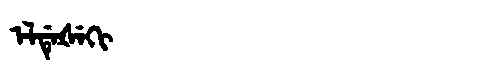
Manchu: ᡝᠯᡩᡝᡧᡝᡴᡳ
Romanization: ELDEŠEKI